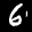
Label: 6